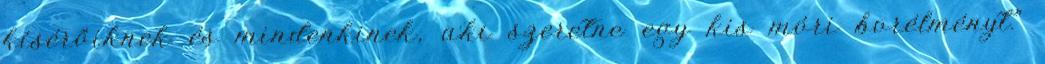
kísérőiknek és mindenkinek, aki szeretne egy kis móri borélményt.”